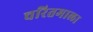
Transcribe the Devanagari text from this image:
चरितमाला